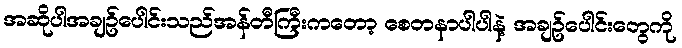
အဆိုပါအချဥ်ပေါင်းသည်အန်တီကြီးကတော့ စေတနာပါပါနဲ့ အချဥ်ပေါင်းတွေကို